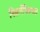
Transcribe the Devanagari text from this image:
निसर्गचित्रणात